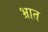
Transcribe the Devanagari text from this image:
भ्रात